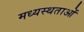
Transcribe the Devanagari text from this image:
मध्‍यस्‍थताओं